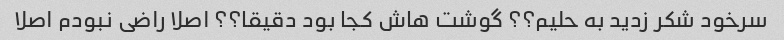
سرخود شکر زدید به حلیم؟؟ گوشت هاش کجا بود دقیقا؟؟ اصلا راضی نبودم اصلا